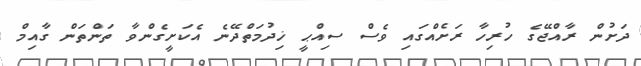
ދަށުން ރާއްޖޭގެ ހުރިހާ ރަށެއްގައި ވެސް ސިއްޙީ ޚިދުމަތްދޭނެ އެކަށީގެންވާ ތަންތަން ގާއިމް